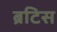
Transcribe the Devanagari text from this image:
ब्रटिस